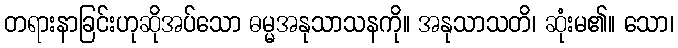
တရားနာခြင်းဟုဆိုအပ်သော ဓမ္မအနုသာသနကို။ အနုသာသတိ၊ ဆုံးမ၏။ သော၊